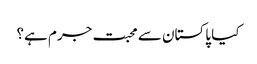
کیا پاکستان سے محبت جرم ہے؟